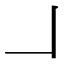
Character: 𠃎